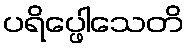
ပရိပ္ဖေါသေတိ